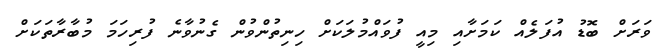
ވަރަށް ބޮޑު އުފަލެއް ކަމަށާއި މިއީ ފުވައްމުލަކަށް ހިނިތުންވުން ގެނުވާނެ ފުރިހަމަ މުބާރާތަކަށް